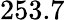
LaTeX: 253.7